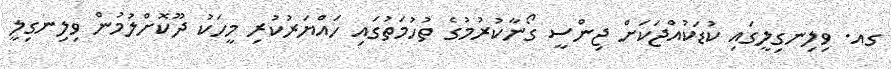
ގއ. ވިލިނގިލީގައި ކުޑަކުއްޖަކަށް ޖިންސީ ގޯނާކުރުމުގެ ތުހުމަތުގައި ހައްޔަރުކުރި މީހަކު ދޫކޮށްލުމުން ވިލިނގިލީ